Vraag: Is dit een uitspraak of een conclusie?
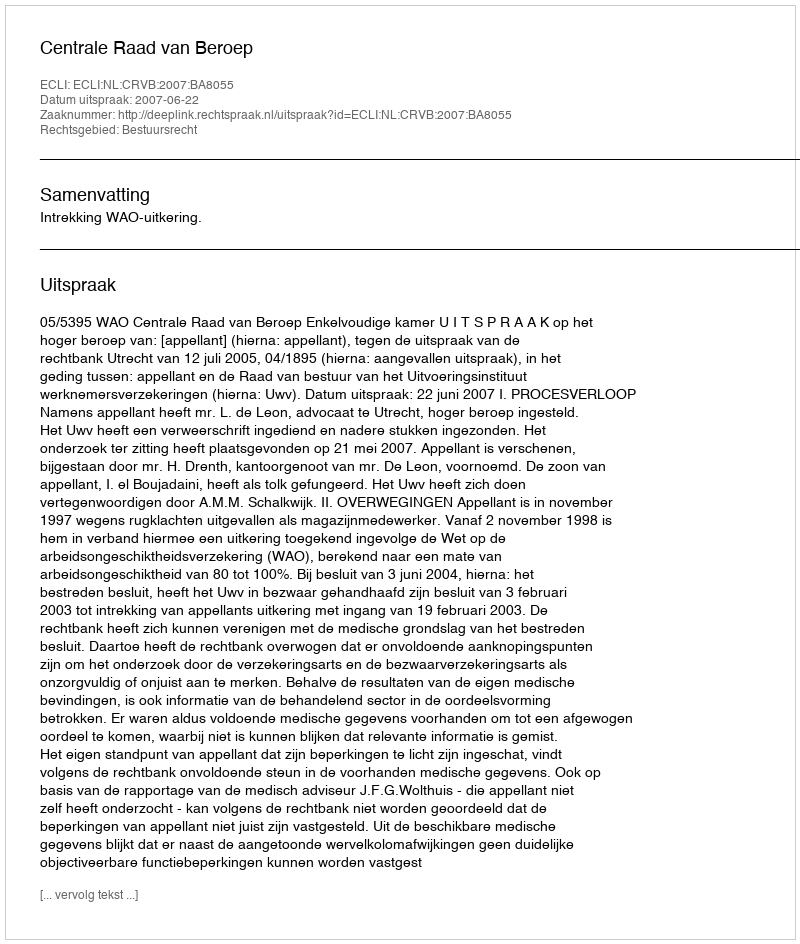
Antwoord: Uitspraak